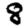
Digit: 8